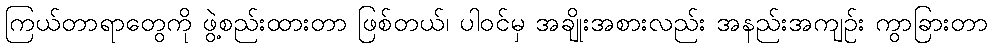
ကြယ်တာရာတွေကို ဖွဲ့စည်းထားတာ ဖြစ်တယ်၊ ပါဝင်မှ အချိုးအစားလည်း အနည်းအကျဉ်း ကွာခြားတာ